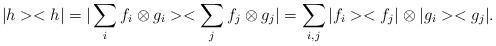
LaTeX: \begin{align*}|h><h| = | \sum_i f_i \otimes g_i><\sum_j f_j\otimes g_j| = \sum_{i,j}|f_i><f_j| \otimes |g_i><g_j|.\end{align*}